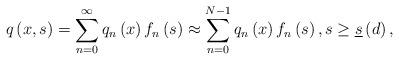
LaTeX: \begin{align*}q\left( x,s\right) =\sum\limits_{n=0}^{\infty }q_{n}\left( x\right)f_{n}\left( s\right) \approx \sum\limits_{n=0}^{N-1}q_{n}\left( x\right)f_{n}\left( s\right) ,s\geq \underline{s}\left( d\right) ,\end{align*}